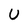
Character: U